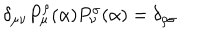
LaTeX: \delta _ { \mu \nu } P _ { \mu } ^ { \rho } ( \alpha ) P _ { \nu } ^ { \sigma } ( \alpha ) = \delta _ { \rho \sigma }